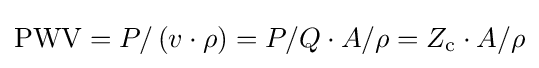
\mathrm {PWV} =P/\left(v\cdot \rho \right)=P/Q\cdot A/\rho =Z_{\mathrm {c} }\cdot A/\rho